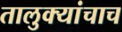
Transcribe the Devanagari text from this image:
तालुक्यांचाच